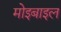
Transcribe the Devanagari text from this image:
मोइबाइल